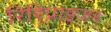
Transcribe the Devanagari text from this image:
रिरिप्राइजर